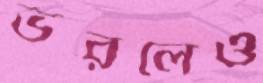
ভরলেও